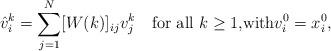
LaTeX: \begin{align*}\hat v_i^k= \sum_{j=1}^{N} [W(k)]_{ij}v^k_j \quad\hbox{for all $k\ge1$,}\mbox{with} v_i^0 = x_i^0,\end{align*}